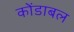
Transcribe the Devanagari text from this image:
कोंडाबल